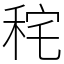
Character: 秺